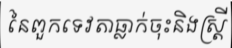
នៃពួកទេវតាធ្លាក់ចុះនិងស្ត្រី